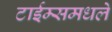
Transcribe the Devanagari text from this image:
टाईम्समधले